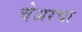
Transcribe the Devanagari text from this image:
चेअरचा